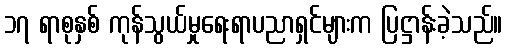
၁၇ ရာစုနှစ် ကုန်သွယ်မှုရေးရာပညာရှင်များက ပြဋ္ဌာန်းခဲ့သည်။